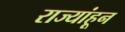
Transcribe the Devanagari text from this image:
राज्यांहून